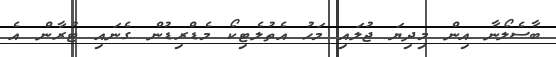
ބާސެލޯނާ އިން މިދިޔަ ޖުލައި މަހު އެތުލެޓިކޯ މެޑްރިޑުން ގެނައި ޓުރާން އެ